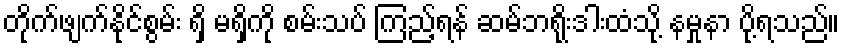
တိုက်ဖျက်နိုင်စွမ်း ရှိ မရှိကို စမ်းသပ် ကြည့်ရန် ဆမ်ဘရိုးဒါးထံသို့ နမှုနာ ပို့ရသည်။